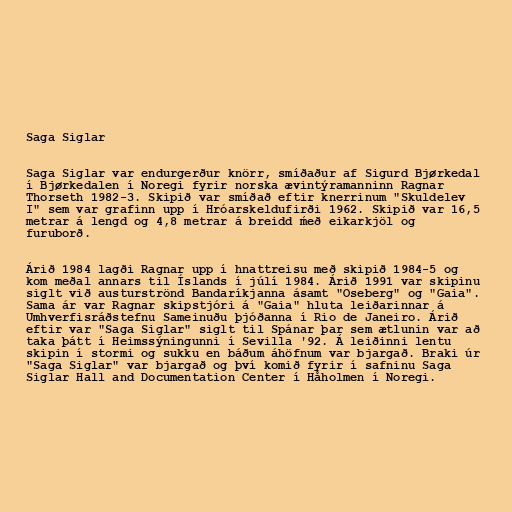
Saga Siglar

Saga Siglar var endurgerður knörr, smíðaður af Sigurd Bjørkedal
í Bjørkedalen í Noregi fyrir norska ævintýramanninn Ragnar
Thorseth 1982-3. Skipið var smíðað eftir knerrinum "Skuldelev
I" sem var grafinn upp í Hróarskeldufirði 1962. Skipið var 16,5
metrar á lengd og 4,8 metrar á breidd ḿeð eikarkjöl og
furuborð.

Árið 1984 lagði Ragnar upp í hnattreisu með skipið 1984-5 og
kom meðal annars til Íslands í júlí 1984. Árið 1991 var skipinu
siglt við austurströnd Bandaríkjanna ásamt "Oseberg" og "Gaia".
Sama ár var Ragnar skipstjóri á "Gaia" hluta leiðarinnar á
Umhverfisráðstefnu Sameinuðu þjóðanna í Rio de Janeiro. Árið
eftir var "Saga Siglar" siglt til Spánar þar sem ætlunin var að
taka þátt í Heimssýningunni í Sevilla '92. Á leiðinni lentu
skipin í stormi og sukku en báðum áhöfnum var bjargað. Braki úr
"Saga Siglar" var bjargað og því komið fyrir í safninu Saga
Siglar Hall and Documentation Center í Håholmen í Noregi.